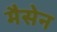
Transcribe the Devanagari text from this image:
मैसेन